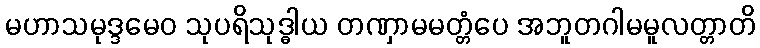
မဟာသမုဒ္ဒမေဝ သုပရိသုဒ္ဓါယ တဏှာမမတ္တံပေ အဘူတဂါမမူလတ္တာတိ